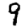
Digit: 9